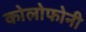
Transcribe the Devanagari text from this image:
कोलोफोनी